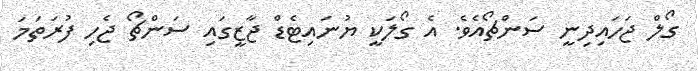
ގޯލް ޖަހައިދިނީ ސަންޗޯއެވެ. އެ ގޯލަކީ ޔުނައިޓެޑް ޖާޒީގައި ސަންޗޯ ޖެހި ފުރަތަމަ